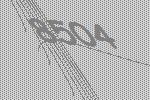
8504